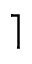
\rceil